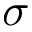
\sigma